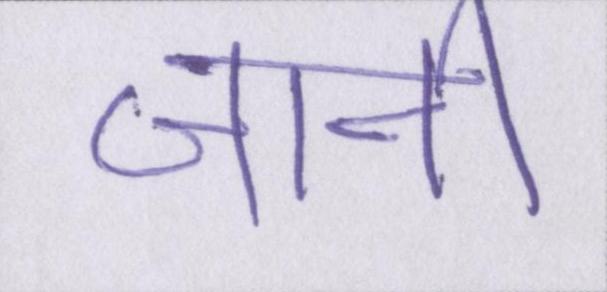
जानी